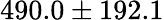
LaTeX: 490.0\pm 192.1